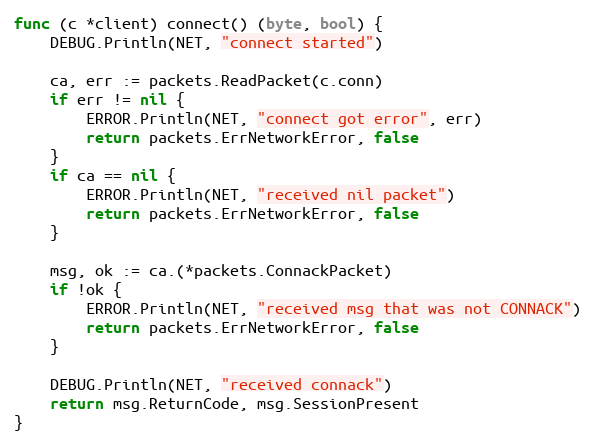
Language: Go
func (c *client) connect() (byte, bool) {
	DEBUG.Println(NET, "connect started")

	ca, err := packets.ReadPacket(c.conn)
	if err != nil {
		ERROR.Println(NET, "connect got error", err)
		return packets.ErrNetworkError, false
	}
	if ca == nil {
		ERROR.Println(NET, "received nil packet")
		return packets.ErrNetworkError, false
	}

	msg, ok := ca.(*packets.ConnackPacket)
	if !ok {
		ERROR.Println(NET, "received msg that was not CONNACK")
		return packets.ErrNetworkError, false
	}

	DEBUG.Println(NET, "received connack")
	return msg.ReturnCode, msg.SessionPresent
}